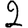
Digit: 2